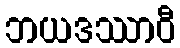
ဘယဒဿာဝီ